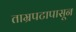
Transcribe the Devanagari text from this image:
ताम्रपटापासून